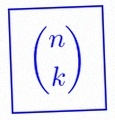
\binom{n}{k}